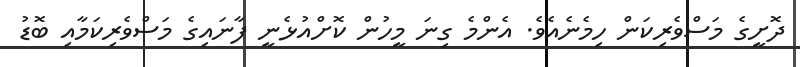
ދޮށީގެ މަސްވެރިކަން ހިމެނެއެވެ. އެންމެ ގިނަ މީހުން ކޮށްއުޅެނީ ފާނައިގެ މަސްވެރިކަމާއި ބޮޑު